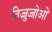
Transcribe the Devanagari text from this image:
विज्जुज्जोओ